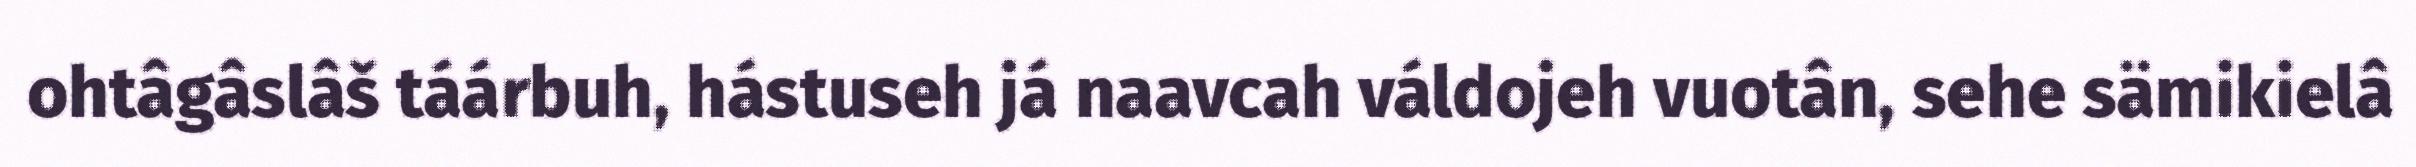
ohtâgâslâš táárbuh, hástuseh já naavcah váldojeh vuotân, sehe sämikielâ